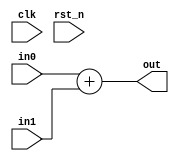
module adder(in0,in1,clk,rst_n,out);
parameter N=16;
input [N-1:0]in0,in1;
input clk,rst_n;
output [N:0]out;	//17bit
wire [N-1:0]in0_block,in1_block;
//DFF_16bit block1(clk,rst_n,in0,in0_block);
//DFF_16bit block2(clk,rst_n,in1,in1_block);
assign out=in0+in1;
//assign out=in0_block+in1_block;

endmodule